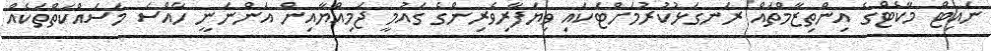
ނައިޓް މާކެޓްގެ އިންތިޒާމްތައް ރަނގަޅުކުރުމަށްޓަކައި ވިޔަފާރިވެރިންގެ ގައުމީ ޖަމިއްޔާއިން އަންނަނީ ހާއްސަ މަސައްކަތްތަކެއް